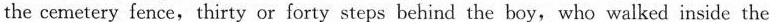
the cemetery fence, thirty or forty steps behind the boy,who walked inside the